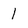
Character: 1